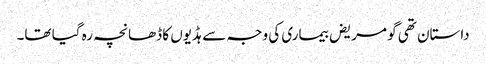
داستان تھی گو مریض بیماری کی وجہ سے ہڈیوں کا ڈھانچہ رہ گیا تھا۔